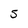
Character: 5